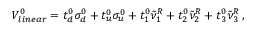
V _ { l i n e a r } ^ { 0 } = t _ { d } ^ { 0 } \sigma _ { d } ^ { 0 } + t _ { u } ^ { 0 } \sigma _ { u } ^ { 0 } + t _ { 1 } ^ { 0 } \tilde { \nu } _ { 1 } ^ { R } + t _ { 2 } ^ { 0 } \tilde { \nu } _ { 2 } ^ { R } + t _ { 3 } ^ { 0 } \tilde { \nu } _ { 3 } ^ { R } \, ,